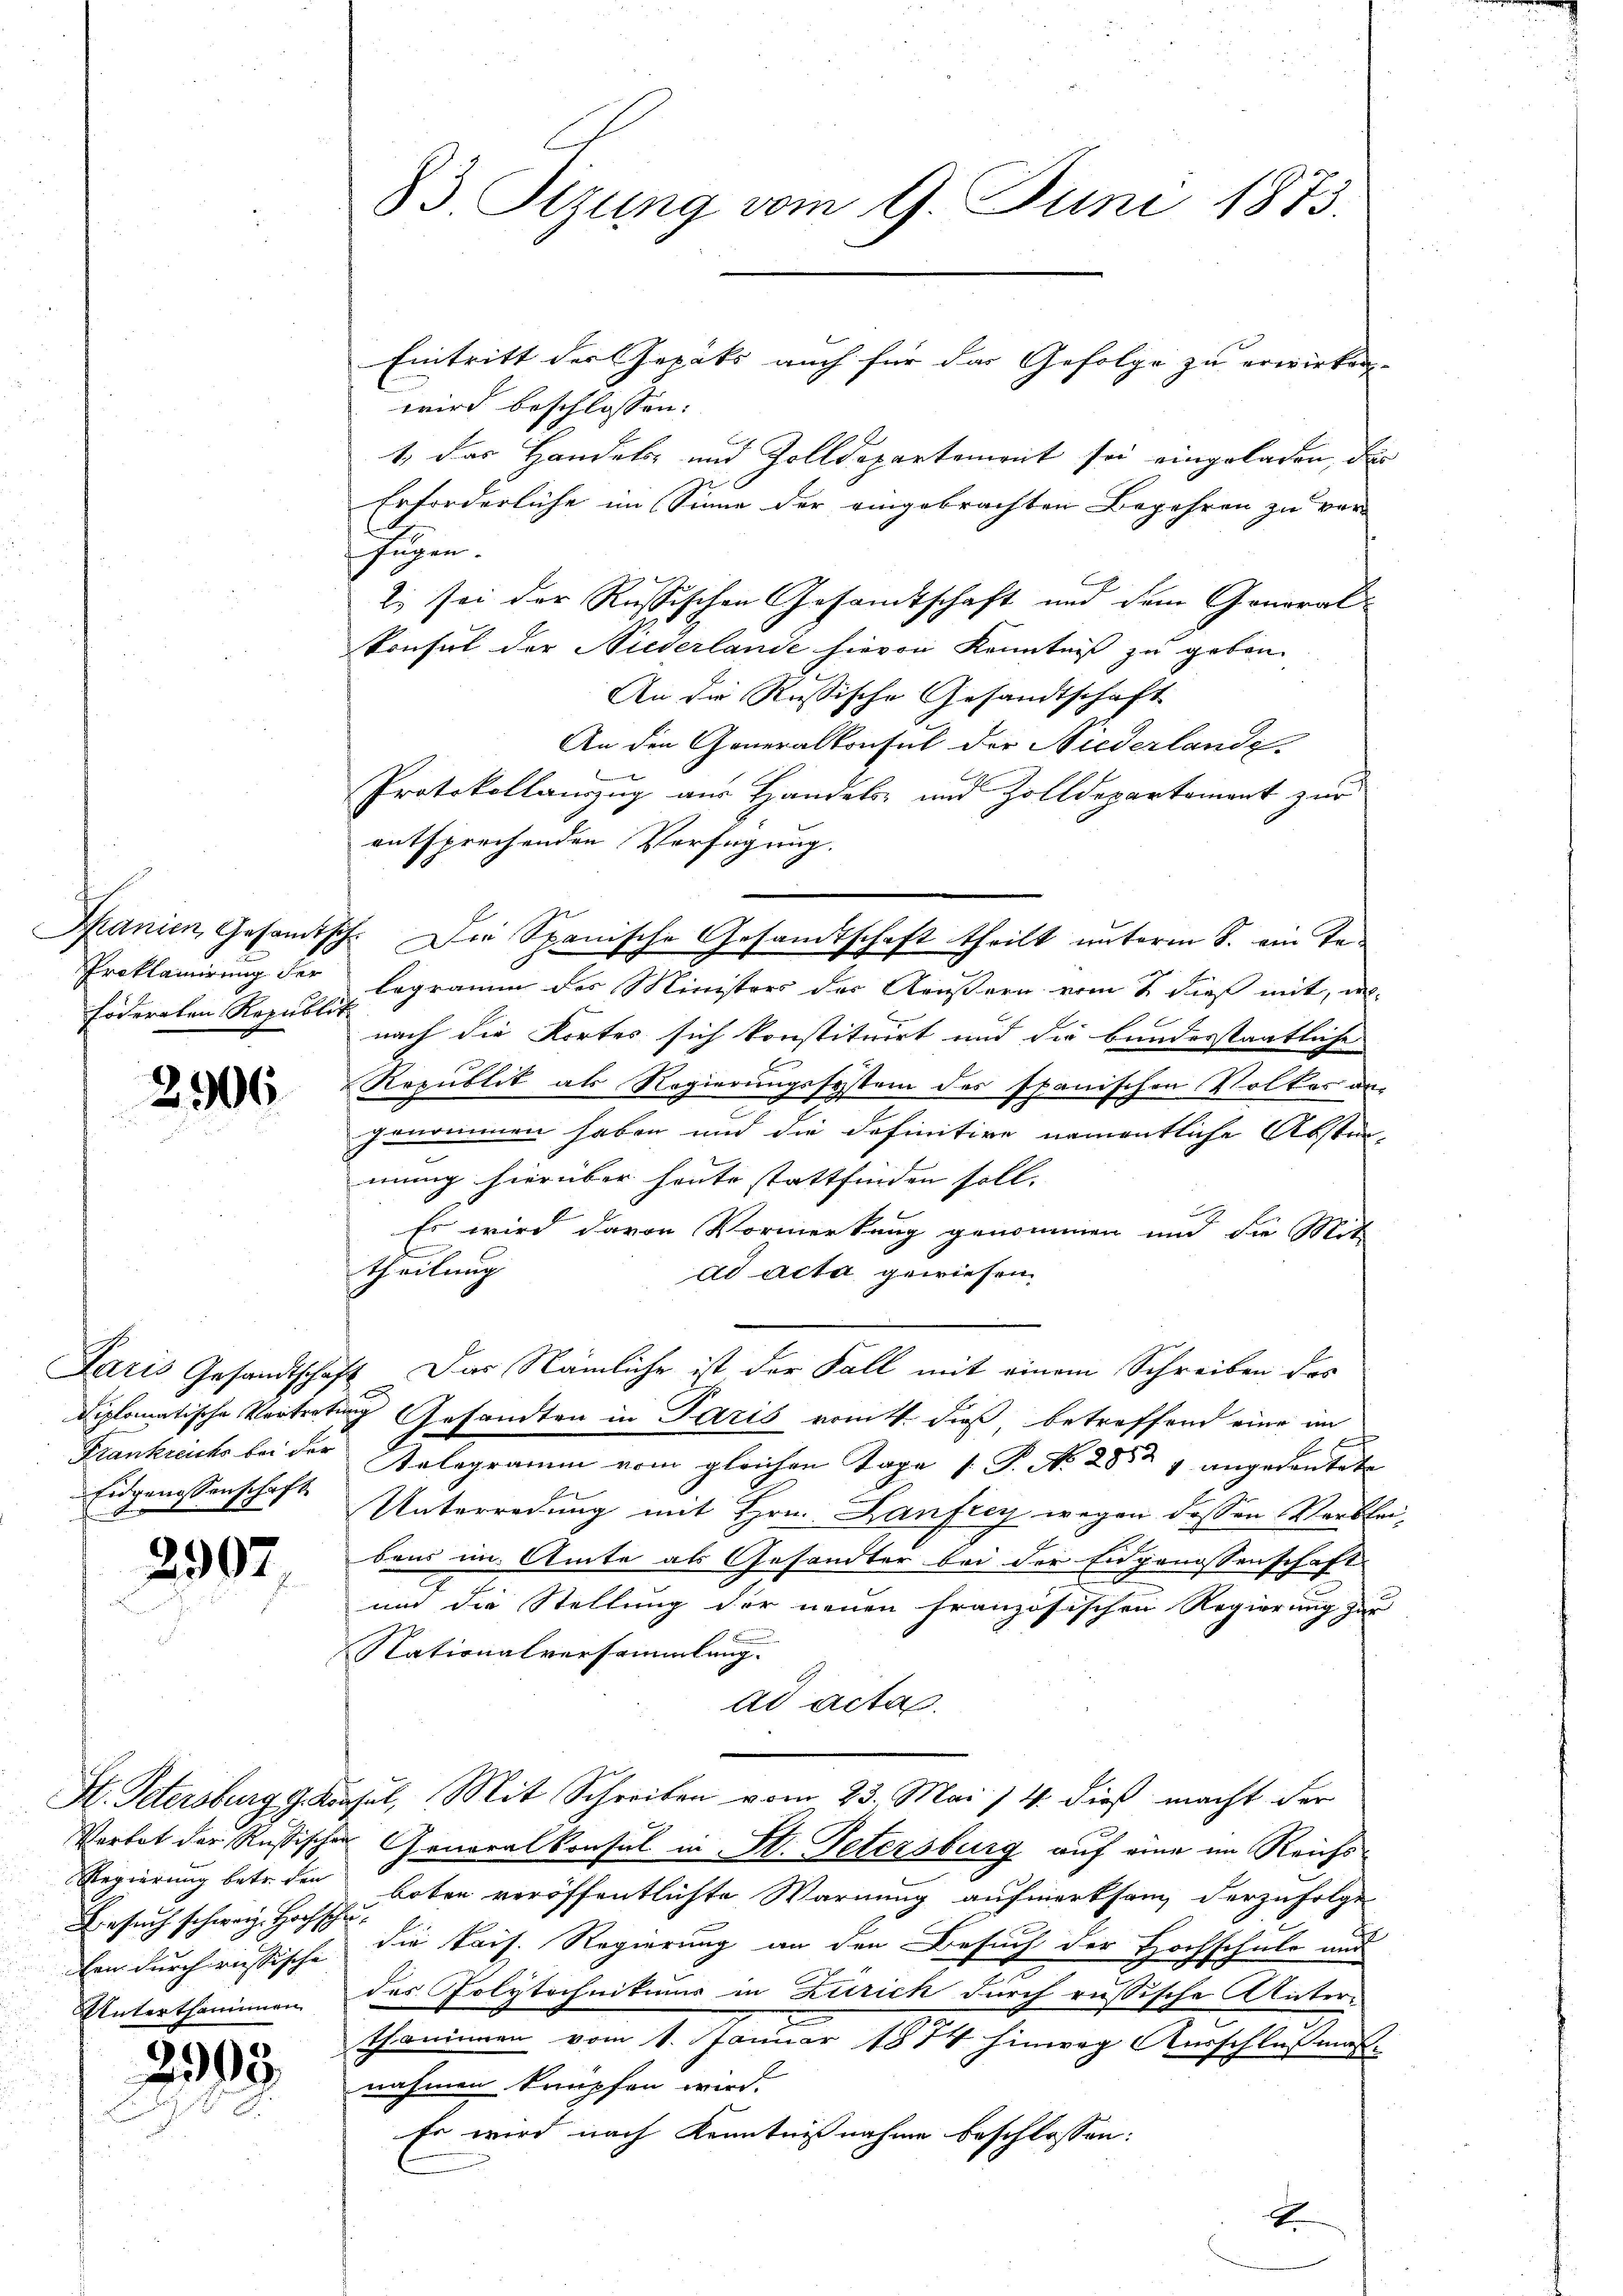
höderaten Republik

2306

Eidgenossenschaft.

2907.

Besuch schweiz. Hochschu¬
Unterthammen

2393.

Eintritt der Gepäts auch für das Gefolge zu erwirken.
wird beschlossen:
1 das Handels- und Zolldepartement sei eingeladen, das
Erforderliche im Sinne der eingebrachten Begehren zu ver-
Fügen.
z. sei der Russischen Gesamtschaft und dem Generalkonsert der Niederlande hievon Kenntniß zu geben.
An die Russische Gesandtschaft
An den Generalkonsul der Niederlande
Protokollauszug aus Handels- und Zolldepartement zur
entsprechenden Verfügung.
Spanien, Gesamtsch. Die Spanische Gesandtschaft theilt unterm 8. ein Ta¬
Proklamirung der Legramm des Ministers der Aeußern vom 2. dieß mit, in-
nach die Kortes sich konstituirt und die bundesstaatliche
Republit als Regierungssystem des spanischen Volkes an-
genommen haben und die definitive namentliche Abstän-
mung hierüber heute stattfinden soll. |
Es wird davon Vormerkung genommen und die Mit
theilung
ad acta gewiesen.
Paris Gesandtschaft. Das Nämliche ist der Fall mit einem Schreiben des
Diplomatische Vertretung Gesandten in Paris vom 4. dieß, betreffend eine im
Frankreichs bei der Telegramm vom gleichen Tage /: P. No. 285 1 angedeutete
Unterredung mit Hrn. Danfrey wegen dessen Verbrebaus im Amte als Gesandter bei der Engenossenschaft-
und die Stellung der neuen französischen Regierung zur
Nationalversammlung.
ad acta.
St. Petersburg g Kipfel, Mit Schreiben vom 23. Mai / 4. dieß macht der
Verbot der Russischer Generalkonsul in St. Petersburg auf eine im Reichs¬
Regierung betr. den boten veröffentlichte Warnung aufmerksam, derzufolge
ben durch russische die kais. Regierung an den Besuch der Hochschule und
des Polytechnikums in Zürich durch russische Unterthominen vom 1. Januar 1874 hinweg Ausschluß ma
nahmen knüpfen wird.
Es wird nach Kenntnisnahme beschlossen:

83. Sizung vom 9. Juni 1873.